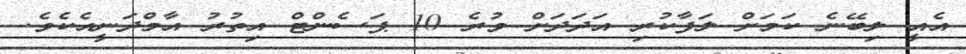
އެއީ ލިބޭނެ ކަމަށް ލަފާކުރި އަދަދަށް ވުރެ 10 ޕަސެންޓް އިތުރު އާމްދަނީއެކެވެ.